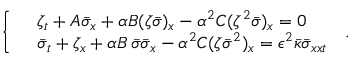
\left\{ \begin{array} { r l } & { \zeta _ { t } + A \bar { \sigma } _ { x } + \alpha B ( \zeta \bar { \sigma } ) _ { x } - \alpha ^ { 2 } C ( \zeta ^ { 2 } \bar { \sigma } ) _ { x } = 0 } \\ & { \bar { \sigma } _ { t } + \zeta _ { x } + \alpha B \, \bar { \sigma } \bar { \sigma } _ { x } - \alpha ^ { 2 } C ( \zeta \bar { \sigma } ^ { 2 } ) _ { x } = \epsilon ^ { 2 } \bar { \kappa } \bar { \sigma } _ { x x t } } \end{array} \right. \, .